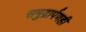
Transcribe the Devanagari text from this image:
समुद्रार्पणही